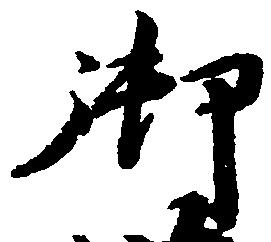
御